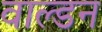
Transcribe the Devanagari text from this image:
वाल्डन